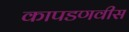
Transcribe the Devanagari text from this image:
कापडणवीस